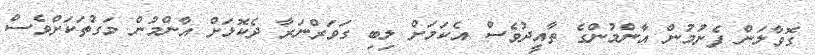
ގޮވާލަން ފެށުމުން އާންމުންގެ ތާއީދުވެސް އެކަމަށް ލިބި ގަވަރްނަރާ ދެކޮޅަށް އާންމުން މަގުތަކަށްވެސް